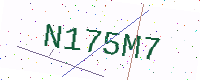
Text: N175M7